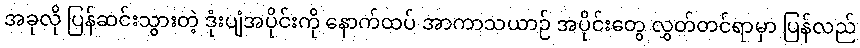
အခုလို ပြန်ဆင်းသွားတဲ့ ဒုံးပျံအပိုင်းကို နောက်ထပ် အာကာသယာဉ် အပိုင်းတွေ လွှတ်တင်ရာမှာ ပြန်လည်